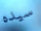
سيده